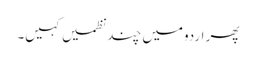
پھر اردومیں چند نظمیں کہیں۔